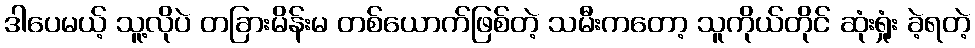
ဒါပေမယ့် သူ့လိုပဲ တခြားမိန်းမ တစ်ယောက်ဖြစ်တဲ့ သမီးကတော့ သူကိုယ်တိုင် ဆုံးရှုံး ခဲ့ရတဲ့